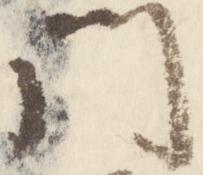
門